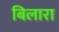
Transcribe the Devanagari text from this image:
बिलारा